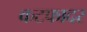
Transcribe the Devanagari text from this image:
कटफादर